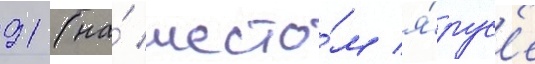
91 (на́ шесто́м я́рус'е